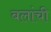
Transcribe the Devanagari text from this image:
बलांची